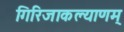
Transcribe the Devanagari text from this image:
गिरिजाकल्याणम्